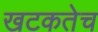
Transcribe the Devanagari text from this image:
खटकतेच